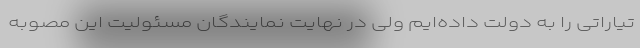
تیاراتی را به دولت داده‌ایم ولی در نهایت نمایندگان مسئولیت این مصوبه